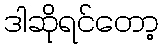
ဒါဆိုရင်တော့